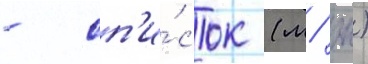
- сп'и́сок (м/ ж)